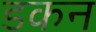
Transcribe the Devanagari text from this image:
डकन